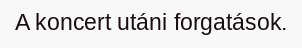
A koncert utáni forgatások.